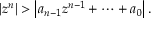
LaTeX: \left| z ^ { n } \right| > \left| a _ { n - 1 } z ^ { n - 1 } + \cdots + a _ { 0 } \right| .